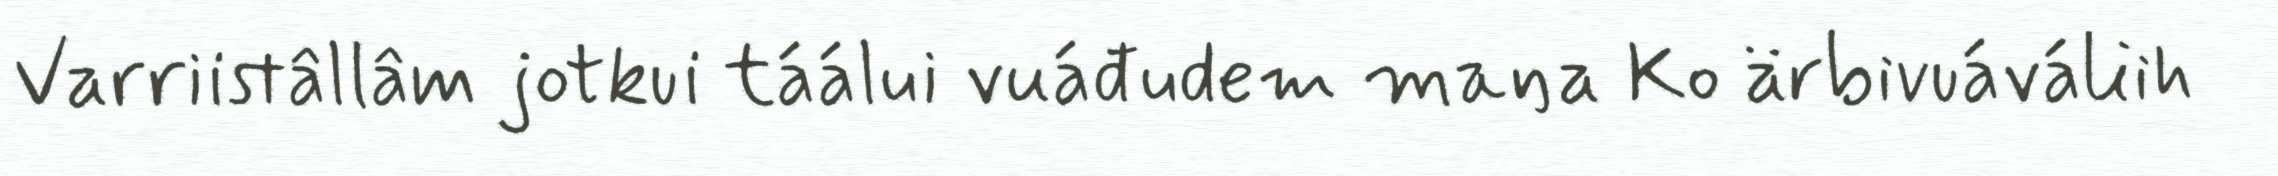
Varriistâllâm jotkui táálui vuáđudem maŋa Ko ärbivuáváliih